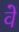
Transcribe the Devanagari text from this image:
वेें